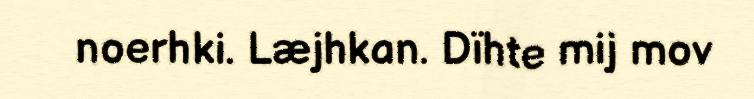
noerhki. Læjhkan. Dïhte mij mov